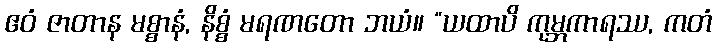
ဧဝံ ဇာတာန မစ္စာနံ, နိစ္စံ မရဏတော ဘယံ။ “ယထာပိ ကုမ္ဘကာရဿ, ကတံ